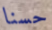
حسنا